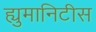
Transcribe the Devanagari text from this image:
ह्युमानिटीस